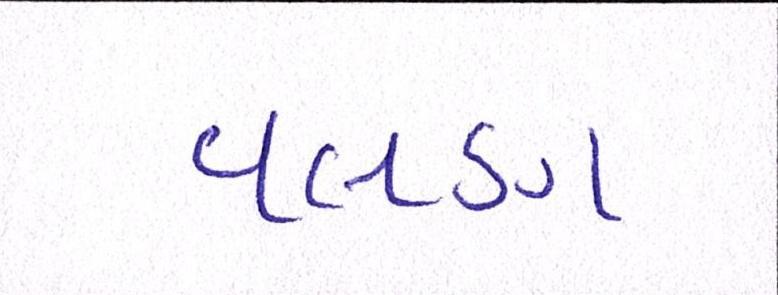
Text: વલણ